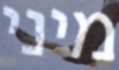
מיני